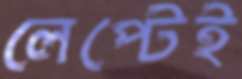
লেপ্টেই